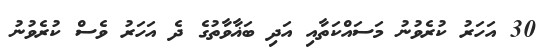
30 އަހަރު ކުރެވުނު މަސައްކަތާއި އަދި ބަޣާވާތުގެ ދެ އަހަރު ވެސް ކުރެވުނު